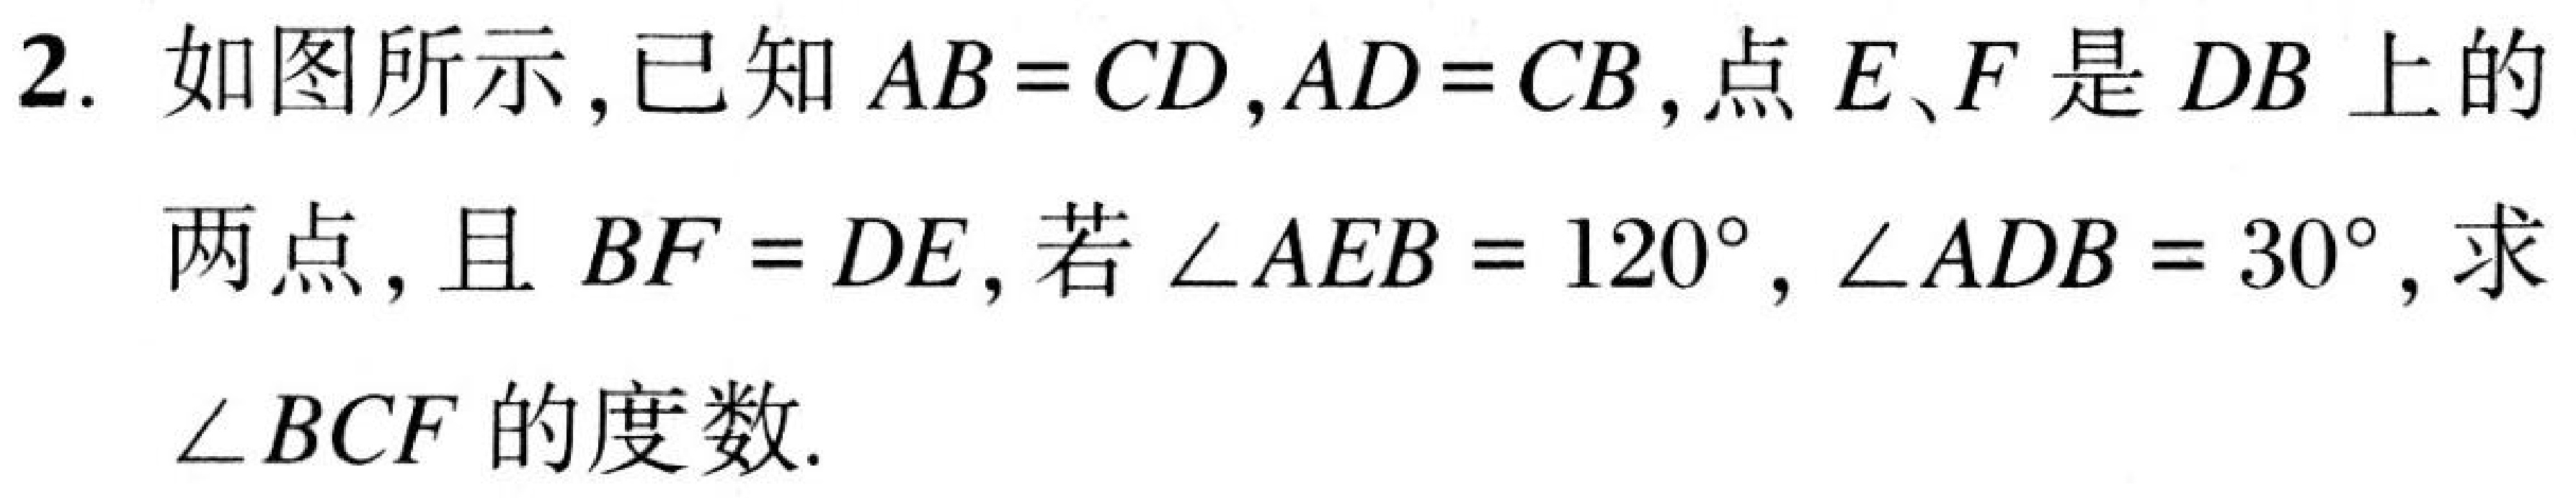
2. 如图所示，已知$AB = CD,AD = CB$，点$E、F$是$DB$上的
两点，且$BF = DE$，若$\angle AEB = 120^{\circ},\angle ADB = 30^{\circ}$，求
$\angle BCF$的度数.